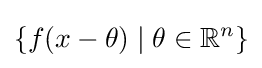
\{f(x-\theta )\mid \theta \in \mathbb {R} ^{n}\}